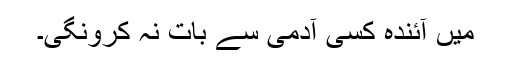
میں آئندہ کسی آدمی سے بات نہ کرونگی۔